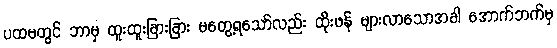
ပထမတွင် ဘာမှ ထူးထူးခြားခြား မတွေ့ရသော်လည်း ထိုးဖန် များလာသောအခါ အောက်ဘက်မှ